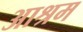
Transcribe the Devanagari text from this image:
अाश्रम